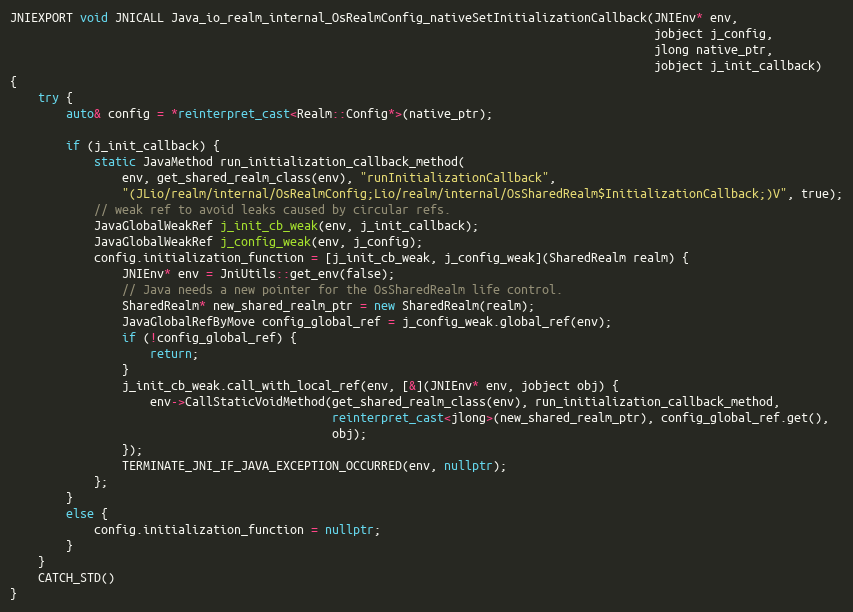
Language: C++
JNIEXPORT void JNICALL Java_io_realm_internal_OsRealmConfig_nativeSetInitializationCallback(JNIEnv* env,
                                                                                            jobject j_config,
                                                                                            jlong native_ptr,
                                                                                            jobject j_init_callback)
{
    try {
        auto& config = *reinterpret_cast<Realm::Config*>(native_ptr);

        if (j_init_callback) {
            static JavaMethod run_initialization_callback_method(
                env, get_shared_realm_class(env), "runInitializationCallback",
                "(JLio/realm/internal/OsRealmConfig;Lio/realm/internal/OsSharedRealm$InitializationCallback;)V", true);
            // weak ref to avoid leaks caused by circular refs.
            JavaGlobalWeakRef j_init_cb_weak(env, j_init_callback);
            JavaGlobalWeakRef j_config_weak(env, j_config);
            config.initialization_function = [j_init_cb_weak, j_config_weak](SharedRealm realm) {
                JNIEnv* env = JniUtils::get_env(false);
                // Java needs a new pointer for the OsSharedRealm life control.
                SharedRealm* new_shared_realm_ptr = new SharedRealm(realm);
                JavaGlobalRefByMove config_global_ref = j_config_weak.global_ref(env);
                if (!config_global_ref) {
                    return;
                }
                j_init_cb_weak.call_with_local_ref(env, [&](JNIEnv* env, jobject obj) {
                    env->CallStaticVoidMethod(get_shared_realm_class(env), run_initialization_callback_method,
                                              reinterpret_cast<jlong>(new_shared_realm_ptr), config_global_ref.get(),
                                              obj);
                });
                TERMINATE_JNI_IF_JAVA_EXCEPTION_OCCURRED(env, nullptr);
            };
        }
        else {
            config.initialization_function = nullptr;
        }
    }
    CATCH_STD()
}